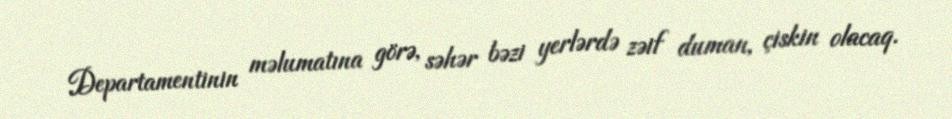
Departamentinin məlumatına görə, səhər bəzi yerlərdə zəif duman, çiskin olacaq.